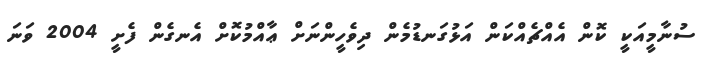
ސުނާމީއަކީ ކޮން އެއްޗެއްކަން އަޅުގަނޑުމެން ދިވެހީންނަށް ޢާއްމުކޮށް އެނގެން ފެށީ 2004 ވަނަ